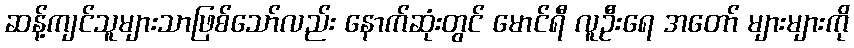
ဆန့်ကျင်သူများသာဖြစ်သော်လည်း နောက်ဆုံးတွင် မောင်ရီ လူဦးရေ အတော် များများကို